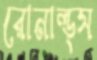
রোনাল্ড্স